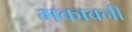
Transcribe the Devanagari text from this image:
मकावनी